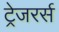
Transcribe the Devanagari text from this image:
ट्रेजरर्स